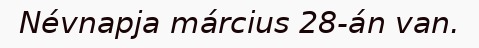
Névnapja március 28-án van.